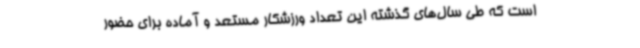
است که طی سال‌های گذشته این تعداد ورزشکار مستعد و آماده برای حضور